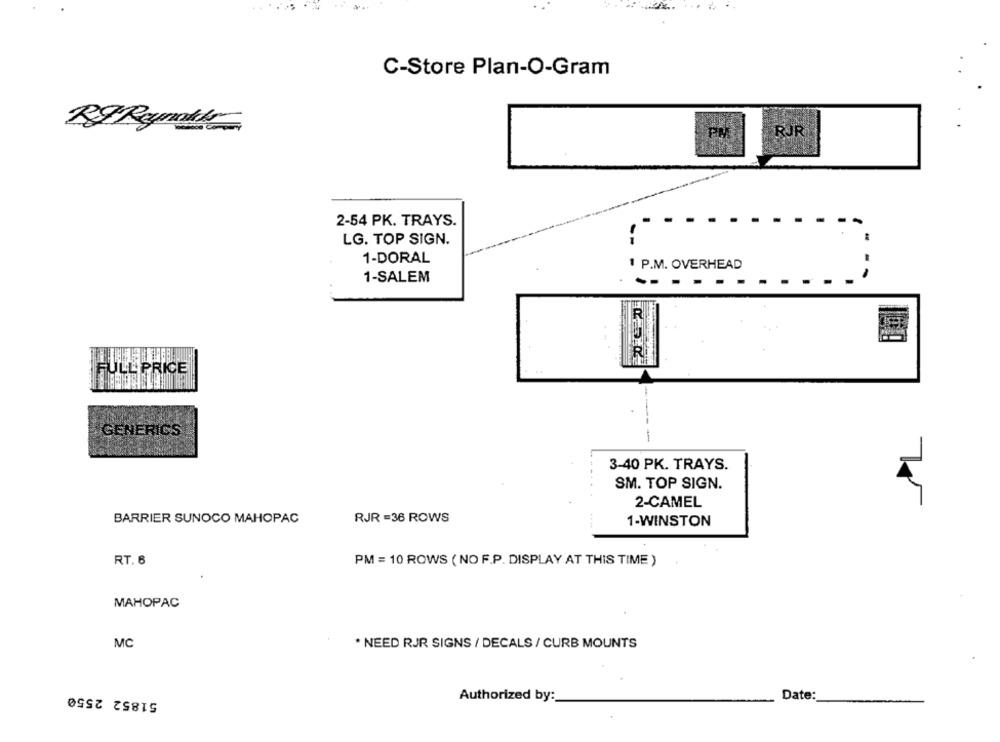
C-Store Plan-O-Gram
PH
ROR
2-54 PK. TRAYS.
LG. TOP SIGN.
1-DORAL
1 P.M. OVERHEAD
1-SALEM
FULL PRICE
GENERICS
3-40 PK. TRAYS.
SM. TOP SIGN.
2-CAMEL
BARRIER SUNOCO MAHOPAC
RJR =36 ROWS
1-WINSTON
RT. 6
PM = 10 ROWS ( NO F.P. DISPLAY AT THIS TIME )
MAHOPAC
MC
* NEED RJR SIGNS / DECALS / CURB MOUNTS
51852 2550
Authorized by:
Date: